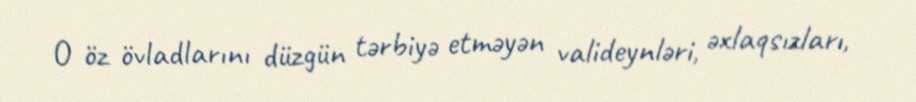
O öz övladlarını düzgün tərbiyə etməyən valideynləri, əxlaqsızları,